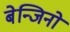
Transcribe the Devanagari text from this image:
बेन्जिनो